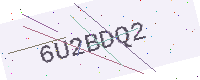
Text: 6U2BDQ2